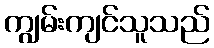
ကျွမ်းကျင်သူသည်